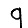
Digit: 9